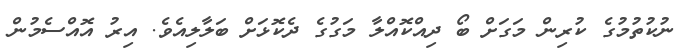
ނުކުތުމުގެ ކުރިން މަގަށް ބޯ ދިއްކޮއްލާ މަގުގެ ދެކޮޅަށް ބަލާލިއެވެ. އިރު އޮއްސެމުން